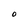
Character: O